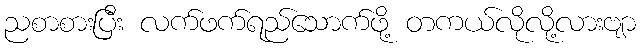
ညစာစားပြီး လက်ဖက်ရည်သောက်ဖို့ တကယ်လိုလို့လားဗျာ